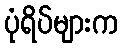
ပုံရိပ်များက